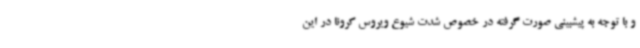
و با توجه به پیشبینی صورت گرفته در خصوص شدت شیوع ویروس کرونا در این